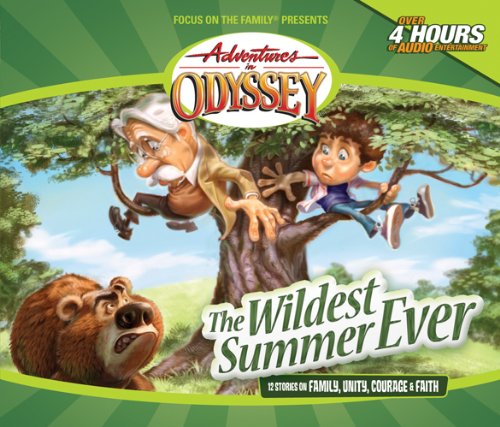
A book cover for The Wildest Summer Ever (Adventures in Odyssey); AIO Team; Humor & Entertainment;